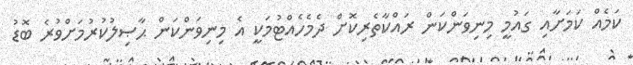
ކަމެއް ކަމަށާއި ގައުމީ މިނިވަންކަން ރައްކާތެރިކޮށް ދެމެހެއްޓުމަކީ އެ މިނިވަންކަން ޙާޞިލުކުރުމަށްވުރެ ބޮޑު